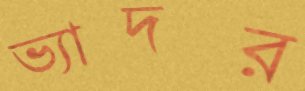
ভ্যাদর